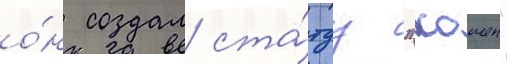
о́н создал ста́туу "хошен"